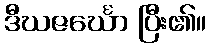
ဒီဃဇင်္ဃော ပြီး၏။